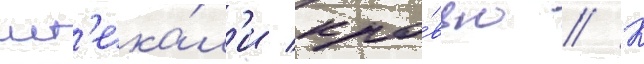
ист'ека́л'и кро́вью // К